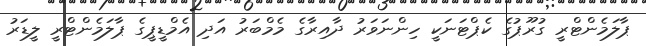
ޕާލަމެންޓްރީ ގުރޫޕުގެ ކެޕްޓަނަކީ ހިންނަވަރު ދާއިރާގެ މެމްބަރު އަދި އެމްޑީޕީގެ ޕާލަމެންޓްރީ ލީޑަރު